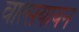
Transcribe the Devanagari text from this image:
वात्सयायन